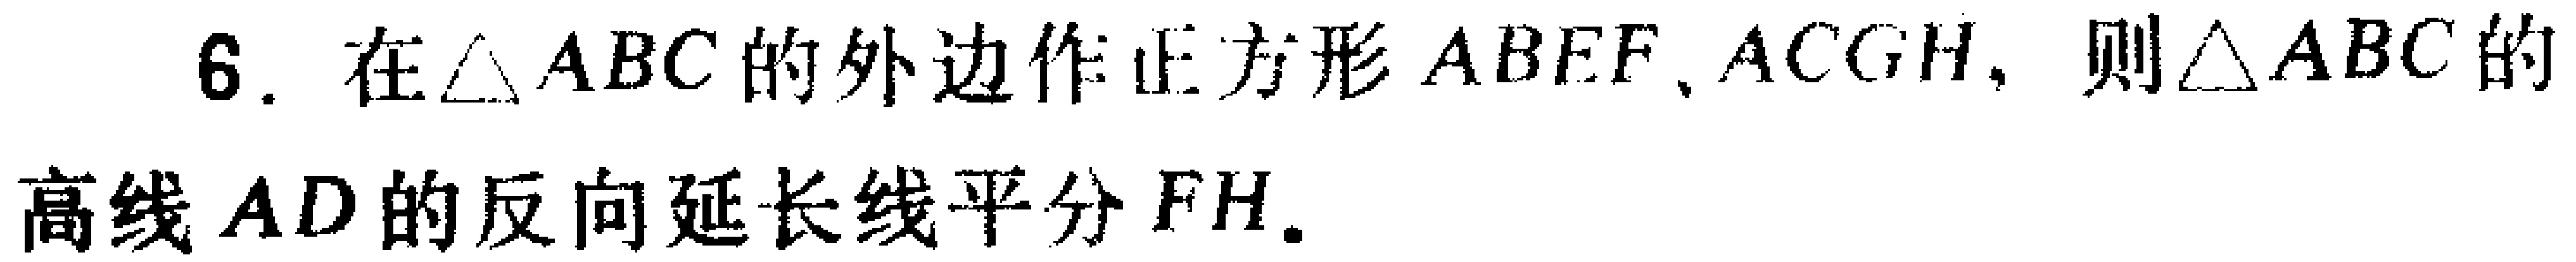
6. 在$\triangle ABC$的外边作正方形$ABEF,ACGH$，则$\triangle ABC$的高线$AD$的反向延长线平分$FH$.